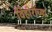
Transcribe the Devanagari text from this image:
विहीरींच्या